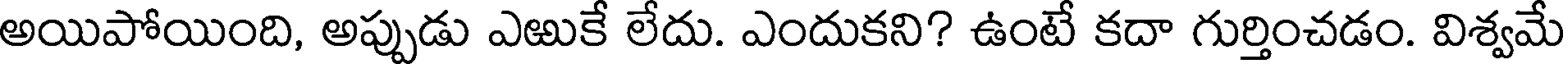
అయిపోయింది, అప్పుడు ఎఱుకే లేదు. ఎందుకని? ఉంటే కదా గుర్తించడం. విశ్వమే